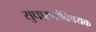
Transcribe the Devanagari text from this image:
सुधारणांविषयक